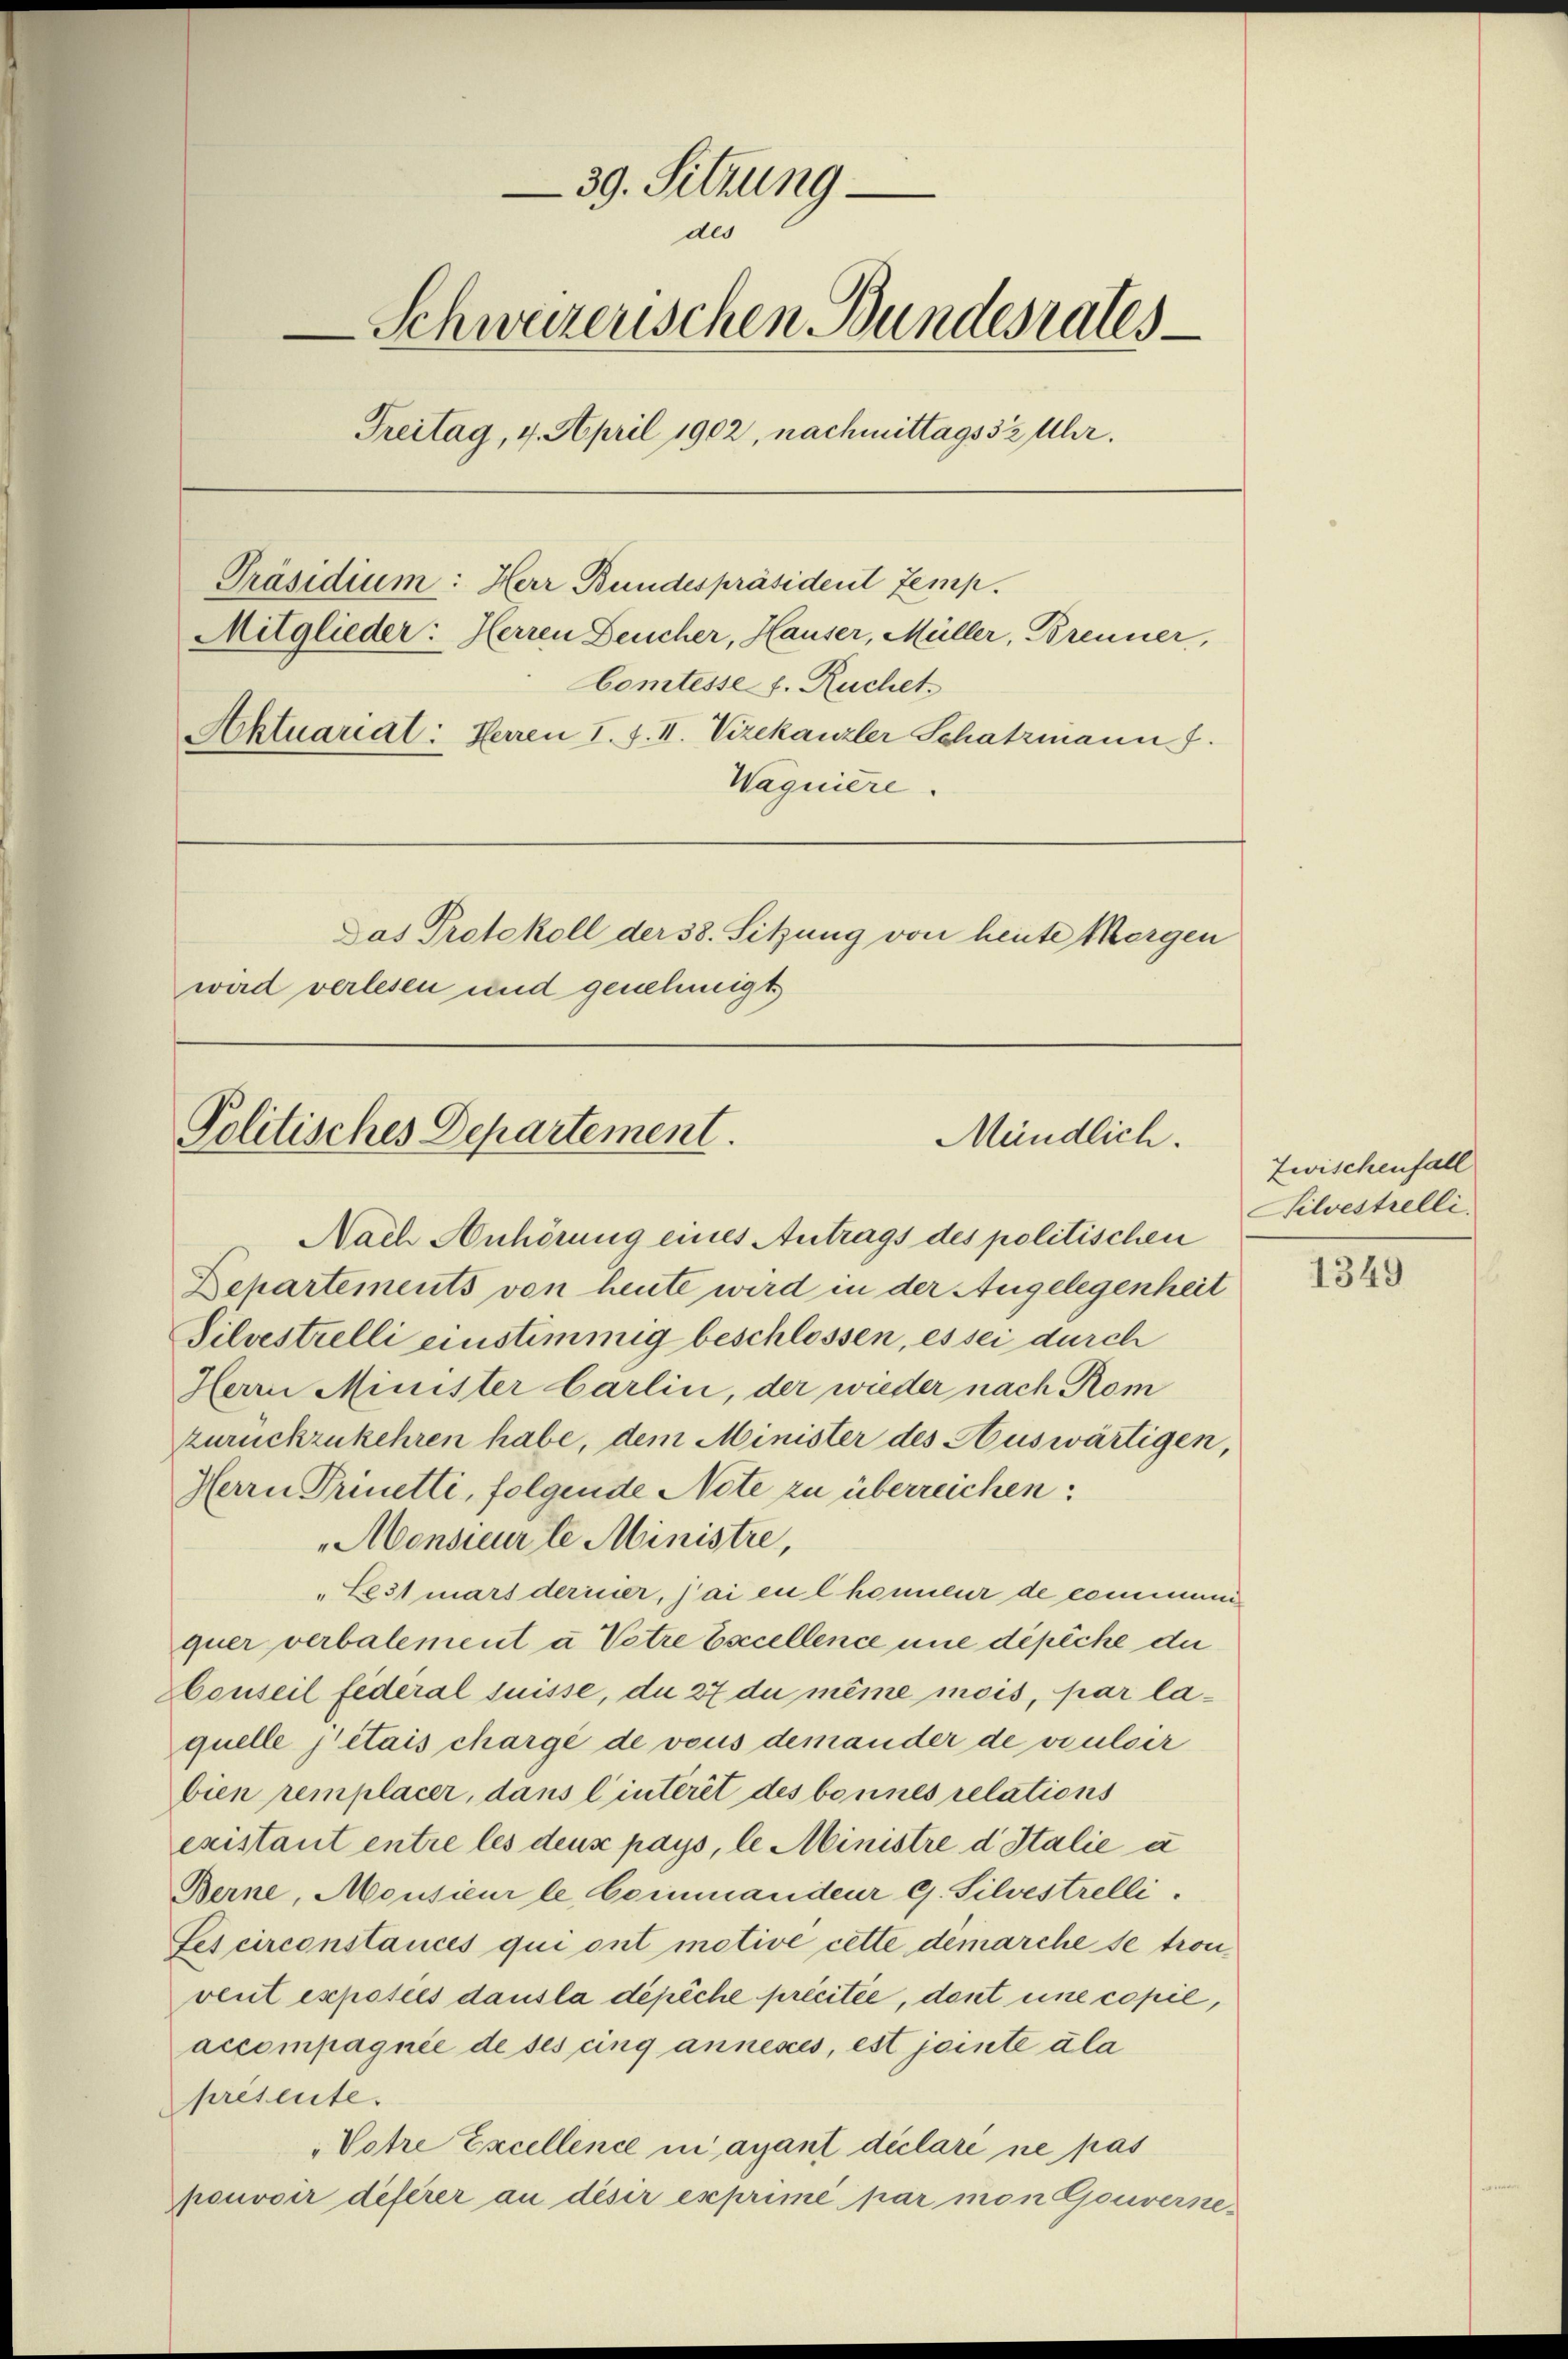
39. Sitzung
des
Schweizerischen Bundesrates
Treitag, 4. April 1902, nachmittags 3 ½ Uhr.
Mitglieder: Herren Deucher, Hauser, Müller, Brenner,
Comtesse s. Ruchet,
Aktuariat: Herren I. f. II. Vizekanzler Schatzmann
Wagniere.
Das Protokoll der 38. Sitzung von heute Morgen
wird verlesen und genehmigt

Präsidium: Herr Bundespräsident Zemp.

Politisches Departement.
Mündlich.

Nach Anhörung eines Antrags des politischen
Departements von heute wird in der Angelegenheit
Tilvestrelli einstimmig beschlossen, es sei durch
Herrn Minister Carlin, der wieder nach Rom
zurückzukehren habe, dem Minister des Auswärtigen,
Herrn Prinetti, folgende Note zu überreichen:
Monsieur le Ministre,
Le31 mars dericier, jai en Chonneur de communiquer verbalement u. Votre Excellence une dépiche die
HConseil federal suisse, du 27 du même mois, par laquelle jetais chargé de vous demander de vouloir
bien remplacer, dans l’interit des bonnes relations
existant entre les deux pays, le Ministre d Italie u
Berne, Monsieur le Commandeur G. Silvestrelli
Les circonstances qui ont motive cette démarche se trouvent exposées dausla dépiche précitée, dont eine copie,
accompagnie de ses cinq annexés, est jointe ala
présente.
"Votre Excellence in ayant déclari ne pas
pouvoir deferer an disir exprimé par mon Gouverne¬

Zwischenfall
Silvestelli

1349